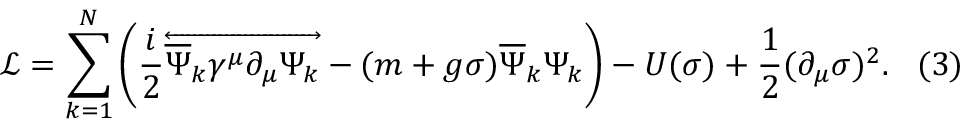
{ \mathcal { L } } = \sum _ { k = 1 } ^ { N } \left( { \frac { i } { 2 } } { \overleftrightarrow { { \overline { { \Psi } } } _ { k } \gamma ^ { \mu } \partial _ { \mu } \Psi _ { k } } } - ( m + g \sigma ) { \overline { { \Psi } } } _ { k } \Psi _ { k } \right) - U ( \sigma ) + { \frac { 1 } { 2 } } ( \partial _ { \mu } \sigma ) ^ { 2 } . \, \, \, \, \, ( 3 )